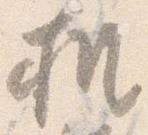
机